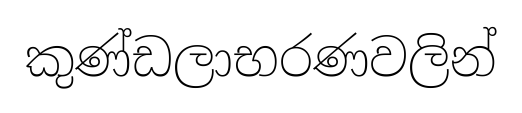
කුණ්ඩලාභරණවලින්